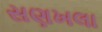
સણખલા